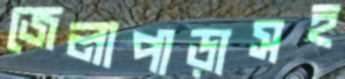
জেলাপাড়াসহ